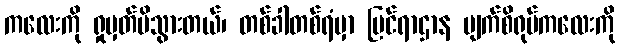
ကလေးကို ရှုမှတ်မိသွားတယ်၊ တစ်ခါတစ်ရံမှာ မြင်ရာဌာန မျက်စိရုပ်ကလေးကို